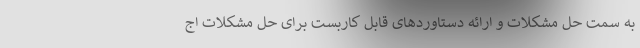
به سمت حل مشکلات و ارائه دستاوردهای قابل کاربست برای حل مشکلات اج